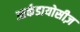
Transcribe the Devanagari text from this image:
आर्कडायोसीज़